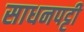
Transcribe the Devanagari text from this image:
साधनपट्टी